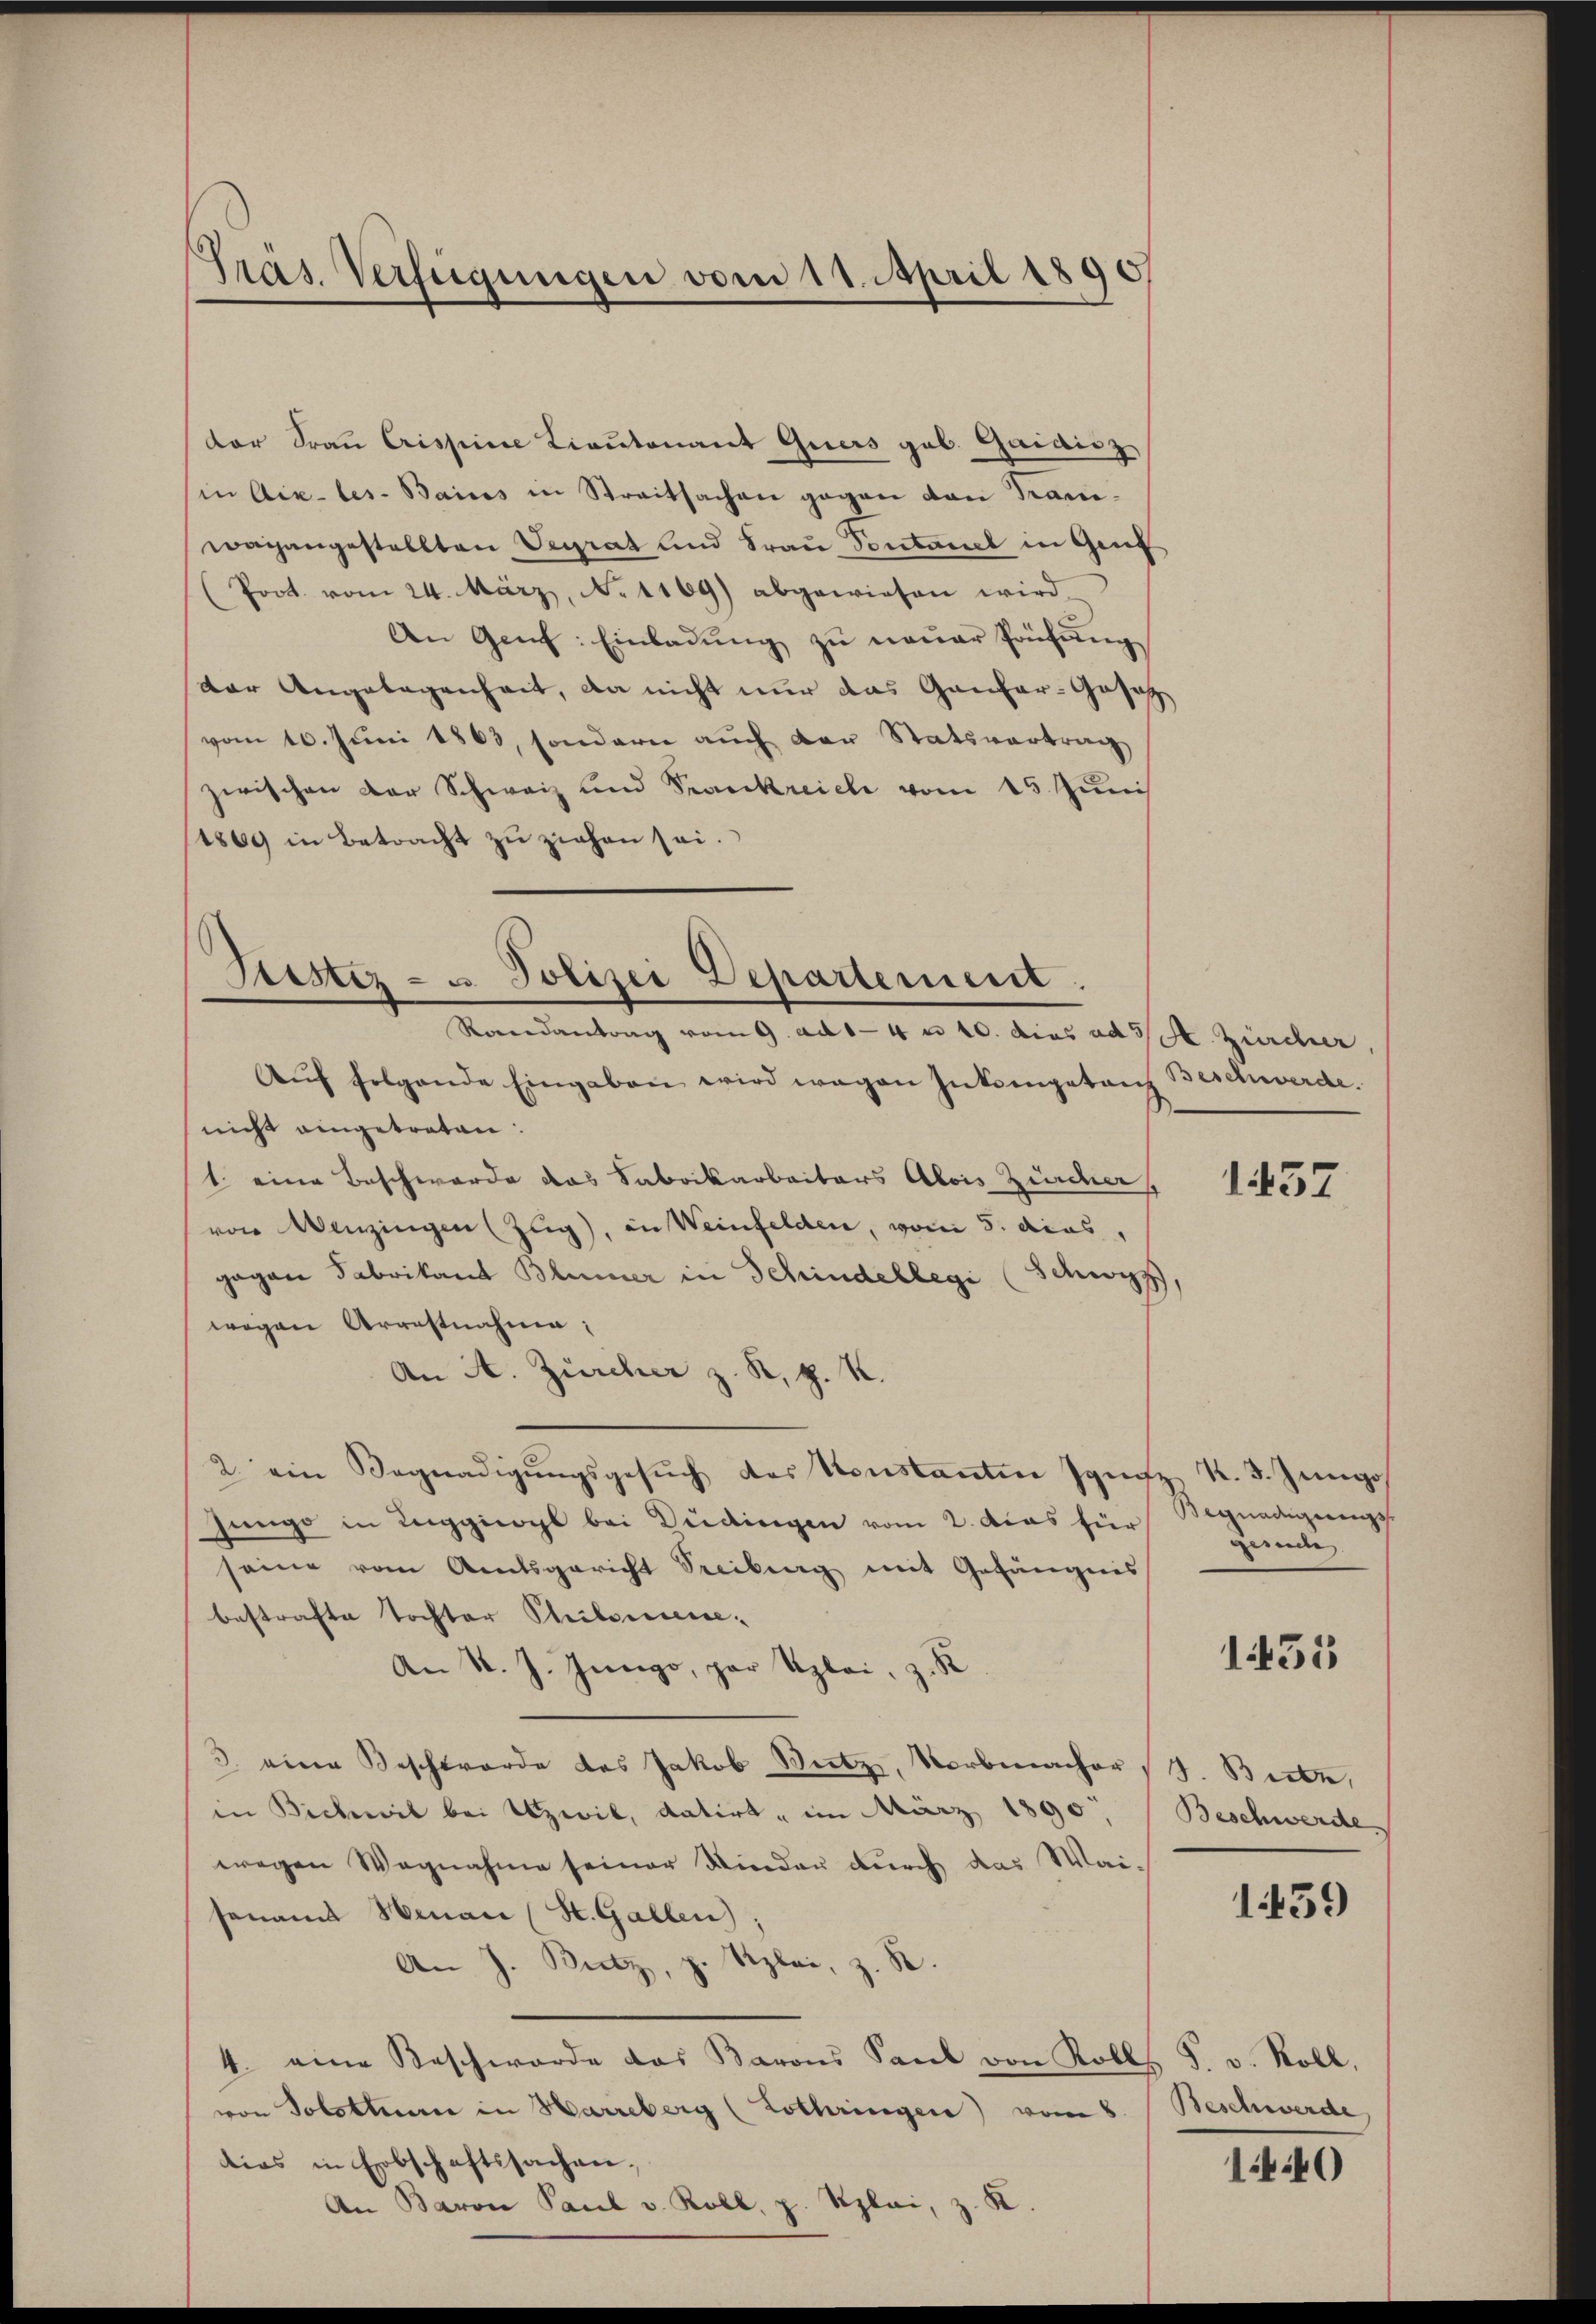
Präs. Verfügungen vom 11. April 1890

der Frau Crisseine Lieutenant Quers geb. Gaidisz
in Aix-les-Bains in Streitsachen gegen von Kanwagangestellten Verrat und Frau Sontaniel in Genf
(Poot. vom 24. März, N. 1169) abgewiesen wird.
An Genf: Einladung zu neuer Prüfung
der Angelegenheit, da nicht nur das Gantar-Gesetz
vom 10. Juni 1863, sondern auch der Statsvertrag
zwischen Dor Schweiz und Verankreiche vom 15. Juni
1869 in Betracht zu ziehen sei.

Stistiz- u Polizei Departement.
Rondantrag vom 9. ad 14 n 10. dies ad 3 St. Zürcher,

Aŭf folgende Eingaben wird wegen Inkompetanz Beschwerde.
nicht eingetreten.
1 eine Beschwerde das Sabrikarbeiters Alois Zürcher
von Menzingen (Zug), in Weinfelden, vom 5. dcas,
gegen Fabrikant Blümer in Schindellegi (Schwyz,
wegen Arrestnahme:
An A. Zürcher z. R. p. K.
2. ein Begnadigŭngsgesŭch des Sonstanten Jgnaz K. F. Jŭngos
Junge in Reggiogl bei Dudingen vom 2. das für
seine vom Amtsgericht Treiburg mit Gefängnis
bestrafte Tochter Philomicie¬
An K. J. Jungo, par Uzlei, z. R
3. eine Beschwerde des Jakob Bütz, Vorbenacher J. Biebe,
in Bichwil bei Uzivil, datirt, im März 1890
wegen Wegnahme seiner Wieder durch das Wai-
sonamt Hinau (St. Gallen);
An J. Bütz, p. Szlei, z. B.
4. eine Beschwerde das Barons Saal von Koll. F. v. Roll,
von Solottere in Harreberg (Lothringen) vom 8.
dies in Erbschaftssachen,
An Baron Paul v. Koll, z. Rplai, z. K.

1437

Begnadigungss
gernde

1455

Beschwerde

1459

Beschwerde

144)